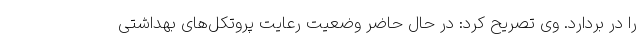
را در بردارد. وی تصریح کرد: در حال حاضر وضعیت رعایت پروتکل‌های بهداشتی